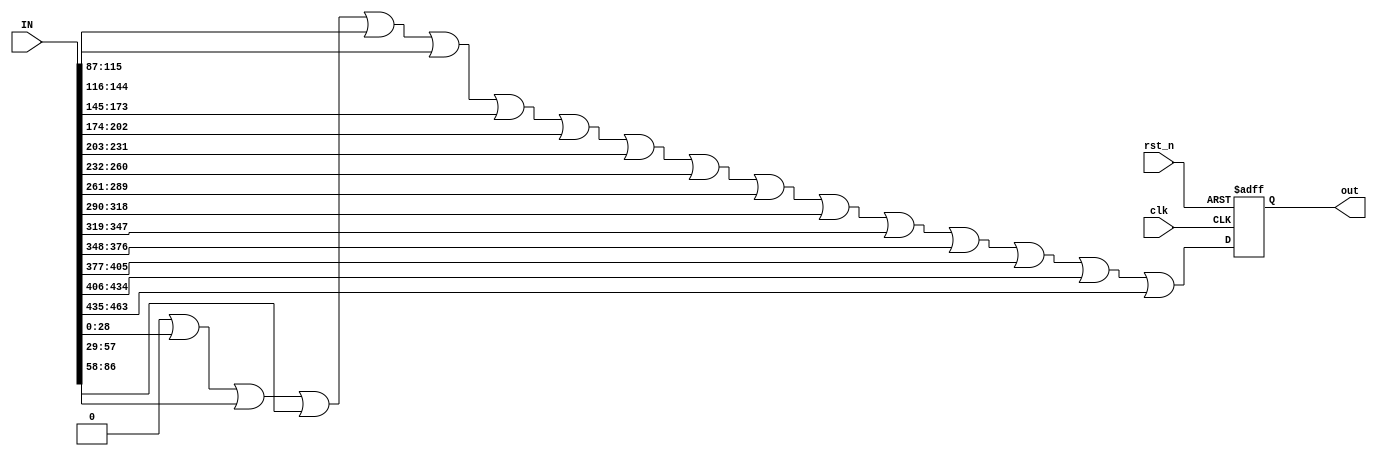


// this module 
// ===============================================================
// TOP MODULE
// ===============================================================
module OR_base
#(
    parameter BIT =29,
    parameter NUMBER_INPUT = 16

)
(
    
	clk,
    rst_n,
    IN,
    out
    
);


// ===============================================================
// Parameter & Integer Declaration
// ===============================================================
integer i,j;




// ===============================================================
// wire & reg Declaration
// ===============================================================
reg [BIT-1 : 0] out_next;
reg [BIT-1:0] in [0:NUMBER_INPUT-1];

// ===============================================================
// Input & Output Declaration
// ===============================================================
input clk, rst_n;
input [NUMBER_INPUT*BIT-1:0] IN;
output reg [BIT-1:0]   out ;

//================================================================
// DESIGN
//================================================================
always@(posedge clk or negedge rst_n)begin
    if(!rst_n)begin
        out <= 0;
    end
    else begin
        out <= out_next;
    end
end

always @(*) begin
    
    
    for(i=0;i<NUMBER_INPUT;i=i+1)begin
        in[i] = IN[BIT*i +: BIT];
    end

end

always @(*) begin
    out_next=0;
    
    for(i=0;i<NUMBER_INPUT;i=i+1)begin
        out_next = out_next | in[i];
    end

end

endmodule